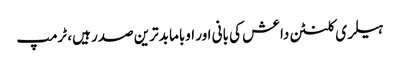
ہیلری کلنٹن داعش کی بانی اور اوباما بدترین صدر ہیں، ٹرمپ